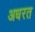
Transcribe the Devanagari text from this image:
अधरत